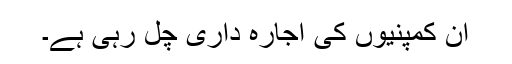
ان کمپنیوں کی اجارہ داری چل رہی ہے۔